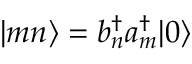
\vert m n \rangle = b _ { n } ^ { \dagger } a _ { m } ^ { \dagger } \vert 0 \rangle